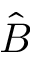
\hat { B }